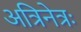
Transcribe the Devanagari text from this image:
अत्रिनेत्रः